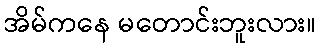
အိမ်ကနေ မတောင်းဘူးလား။